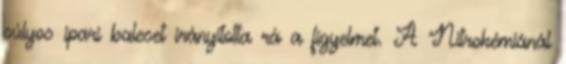
súlyos ipari baleset irányította rá a figyelmet. A Nitrokémiánál